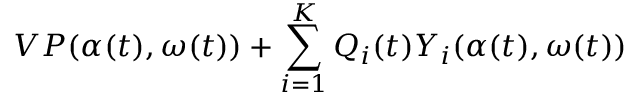
V P ( \alpha ( t ) , \omega ( t ) ) + \sum _ { i = 1 } ^ { K } Q _ { i } ( t ) Y _ { i } ( \alpha ( t ) , \omega ( t ) )